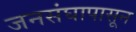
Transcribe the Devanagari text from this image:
जनसंघापासून